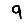
Digit: 9